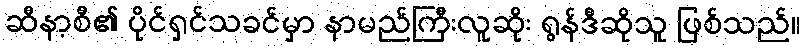
ဆီနာ့စီ၏ ပိုင်ရှင်သခင်မှာ နာမည်ကြီးလူဆိုး ရွန်ဒီဆိုသူ ဖြစ်သည်။